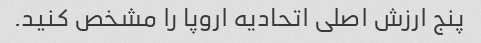
پنج ارزش اصلی اتحادیه اروپا را مشخص کنید.